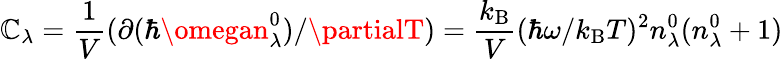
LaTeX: \mathbb{C}_{\lambda}=\frac{{1}}{{V}}(\partial(\hbar\omegan_{\lambda}^{0})/\partialT)=\frac{{k_{\mathrm{{B}}}}}{{V}}(\hbar\omega/k_{\mathrm{{B}}}T)^{2}n_{\lambda}^{0}(n_{\lambda}^{0}+1)